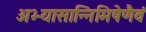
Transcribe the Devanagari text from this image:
अभ्यासान्निमिषेणैवं